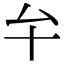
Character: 𠫘